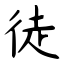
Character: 徒